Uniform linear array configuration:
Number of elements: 64
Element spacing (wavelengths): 0.25
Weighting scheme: hamming
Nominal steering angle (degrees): -15
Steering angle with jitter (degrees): -16.931
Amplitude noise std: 0.05
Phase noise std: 0.05

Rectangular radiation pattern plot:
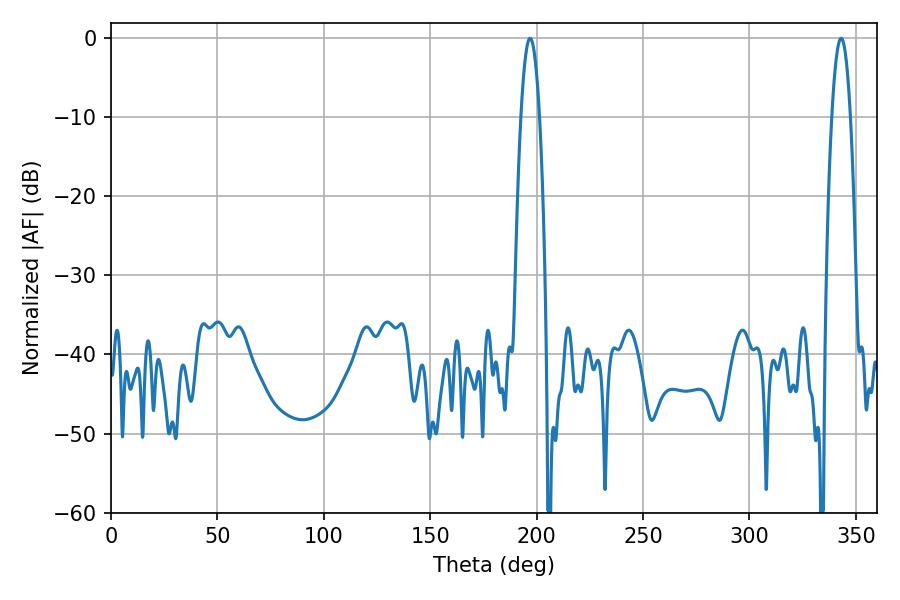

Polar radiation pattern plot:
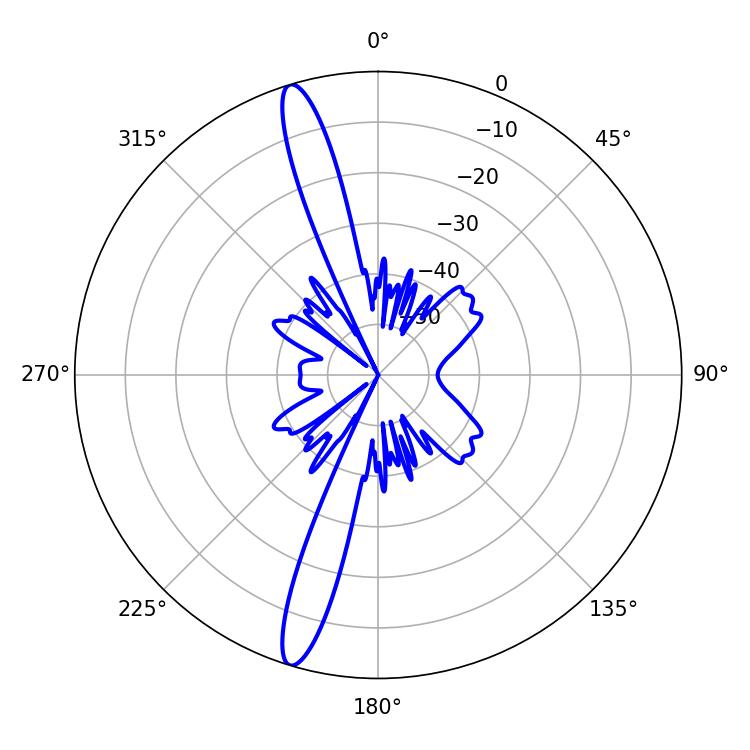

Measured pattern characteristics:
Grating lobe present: FALSE
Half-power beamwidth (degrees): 4.68
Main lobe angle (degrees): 196.92